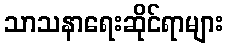
သာသနာရေးဆိုင်ရာများ